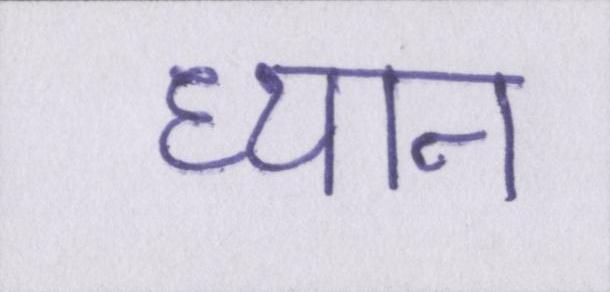
ध्यान